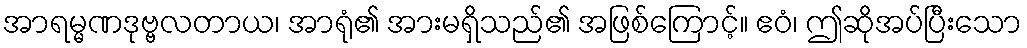
အာရမ္မဏဒုဗ္ဗလတာယ၊ အာရုံ၏ အားမရှိသည်၏ အဖြစ်ကြောင့်။ ဧဝံ၊ ဤဆိုအပ်ပြီးသော